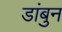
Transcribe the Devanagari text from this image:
डांबुन